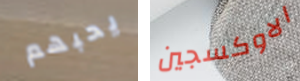
يحبهم الاوكسجين